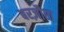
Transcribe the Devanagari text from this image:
बरज़ौरा